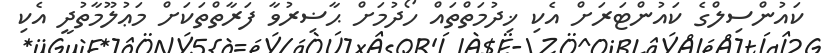
ކައުންސިލްގެ ކައުންޓަރަށް އެކި ޚިދުމަތްތައް ހޯދުމަށް ޙާޟިރުވާ ފަރާތްތަކަށް މަޢުލޫމާތުދީ އެކި